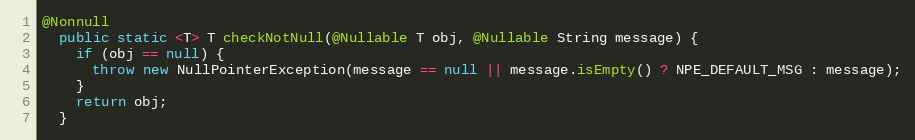
Language: Java
@Nonnull
  public static <T> T checkNotNull(@Nullable T obj, @Nullable String message) {
    if (obj == null) {
      throw new NullPointerException(message == null || message.isEmpty() ? NPE_DEFAULT_MSG : message);
    }
    return obj;
  }